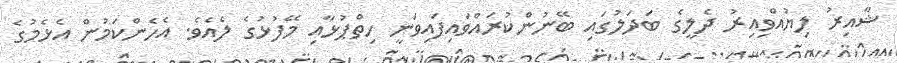
ޝާއިރު ލިޔުއްވިއިރު ދެލީގެ ބަދަލުގައި ބޭނުންކުރައްވައިފައިވަނީ ހިތްޕުޅާއި މޭފުޅުގެ ލެއެވެ. އެހެންކަމުން އެޅެމުގެ